Triennial report on the lunatic asylums in the province of Eastern Bengal and Assam - 1903-1911
Year: 1903
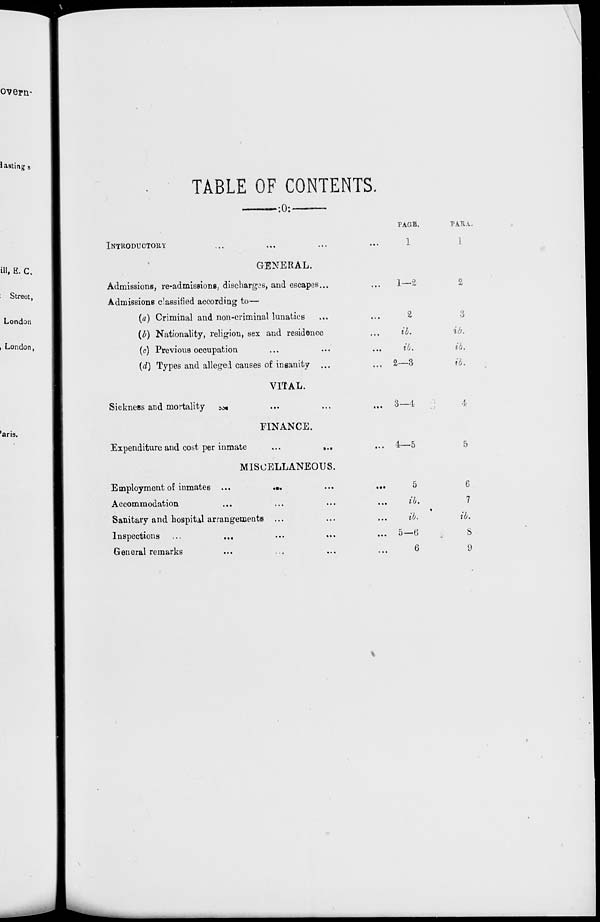
TABLE OF CONTENTS.
INTRODUCTORY ... ... ... ...
GENERAL.
Admissions, re-admissions, discharges, and escapes ... ...
Admissions classified according to—
(a) Criminal and non-criminal lunatics ... ...
(b) Nationality, religion, sex and residence ...
(c) Previous occupation ... ... ...
(d) Types and alleged causes of insanity ... ...
VITAL.
Sickness and mortality ... ... ... ...
FINANCE.
Expenditure and cost per inmate
...
...
MISCELLANEOUS.
Employment of inmates ... ... ...
Accommodation ... ... ...
Sanitary and hospital arrangements ... ... ...
Inspections ... ... ... ...
General remarks ... ... ... ...
PAGE.
1
1—2
2
ib.
ib.
2—3
3—4
4—5
5
ib.
ib.
5—6
6
PARA.
1
2
3
id.
ib.
ib.
4
5
6
7
ib.
8
9